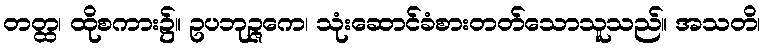
တတ္ထ၊ ထိုစကား၌။ ဥပဘုဉ္ဇကေ၊ သုံးဆောင်ခံစားတတ်သောသူသည်။ အသတိ၊